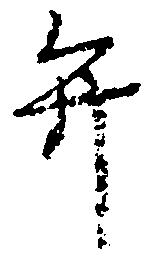
弁